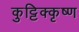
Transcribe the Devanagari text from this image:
कुट्टिक्कृष्ण